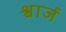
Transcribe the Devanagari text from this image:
श्वार्ज